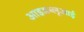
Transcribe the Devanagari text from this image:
आइडब्लूआई